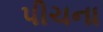
પીચના